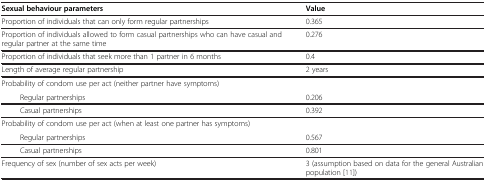
<table><thead><tr><td><b>Sexual behaviour parameters</b></td><td><b>Value</b></td></tr></thead><tbody><tr><td>Proportion of individuals that can only form regular partnerships</td><td>0.365</td></tr><tr><td>Proportion of individuals allowed to form casual partnerships who can have casual and regular partner at the same time</td><td>0.276</td></tr><tr><td>Proportion of individuals that seek more than 1 partner in 6 months</td><td>0.4</td></tr><tr><td>Length of average regular partnership</td><td>2 years</td></tr><tr><td colspan="2">Probability of condom use per act (neither partner have symptoms)</td></tr><tr><td>Regular partnerships</td><td>0.206</td></tr><tr><td>Casual partnerships</td><td>0.392</td></tr><tr><td colspan="2">Probability of condom use per act (when at least one partner has symptoms)</td></tr><tr><td>Regular partnerships</td><td>0.567</td></tr><tr><td>Casual partnerships</td><td>0.801</td></tr><tr><td>Frequency of sex (number of sex acts per week)</td><td>3 (assumption based on data for the general Australian population [11])</td></tr></tbody></table>